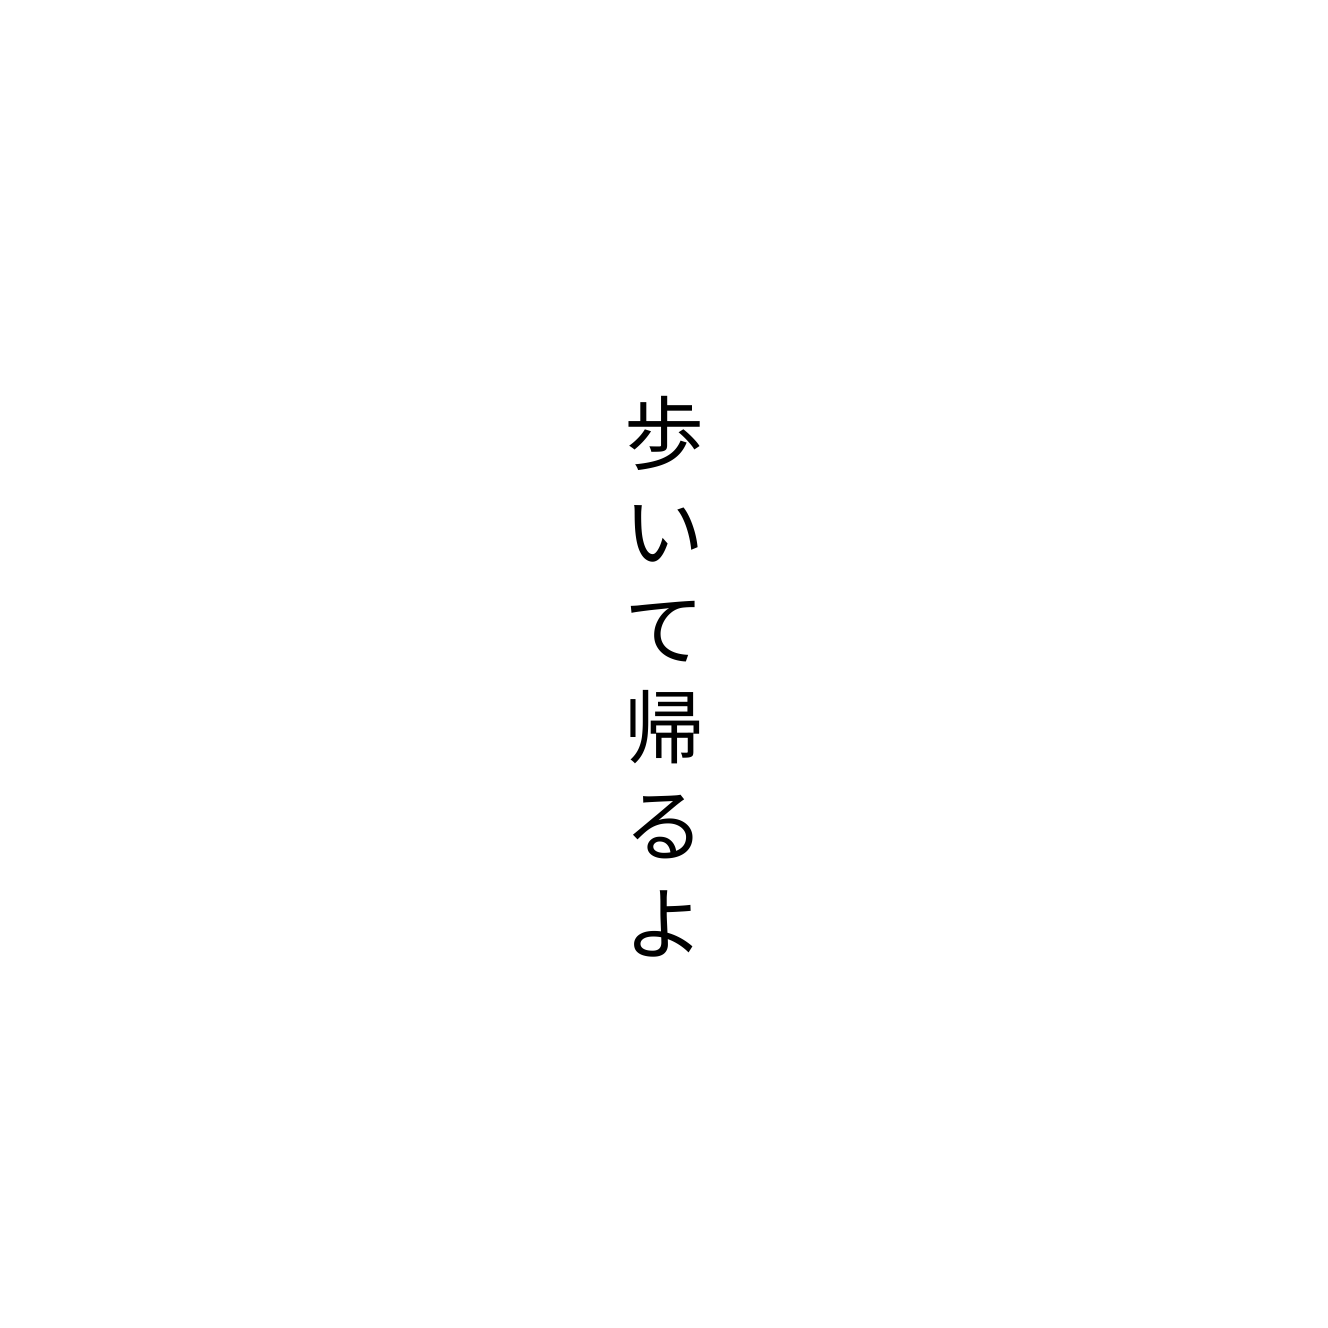
歩いて帰るよ